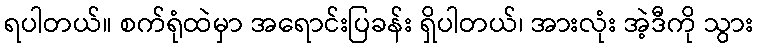
ရပါတယ်။ စက်ရုံထဲမှာ အရောင်းပြခန်း ရှိပါတယ်၊ အားလုံး အဲ့ဒီကို သွား